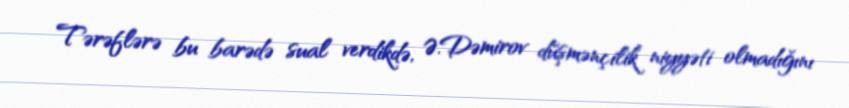
Tərəflərə bu barədə sual verdikdə, Ə.Dəmirov düşmənçilik niyyəti olmadığını